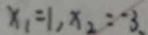
x _ { 1 } = 1 , x _ { 2 } = - 3